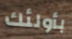
بأولئك